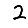
Digit: 2